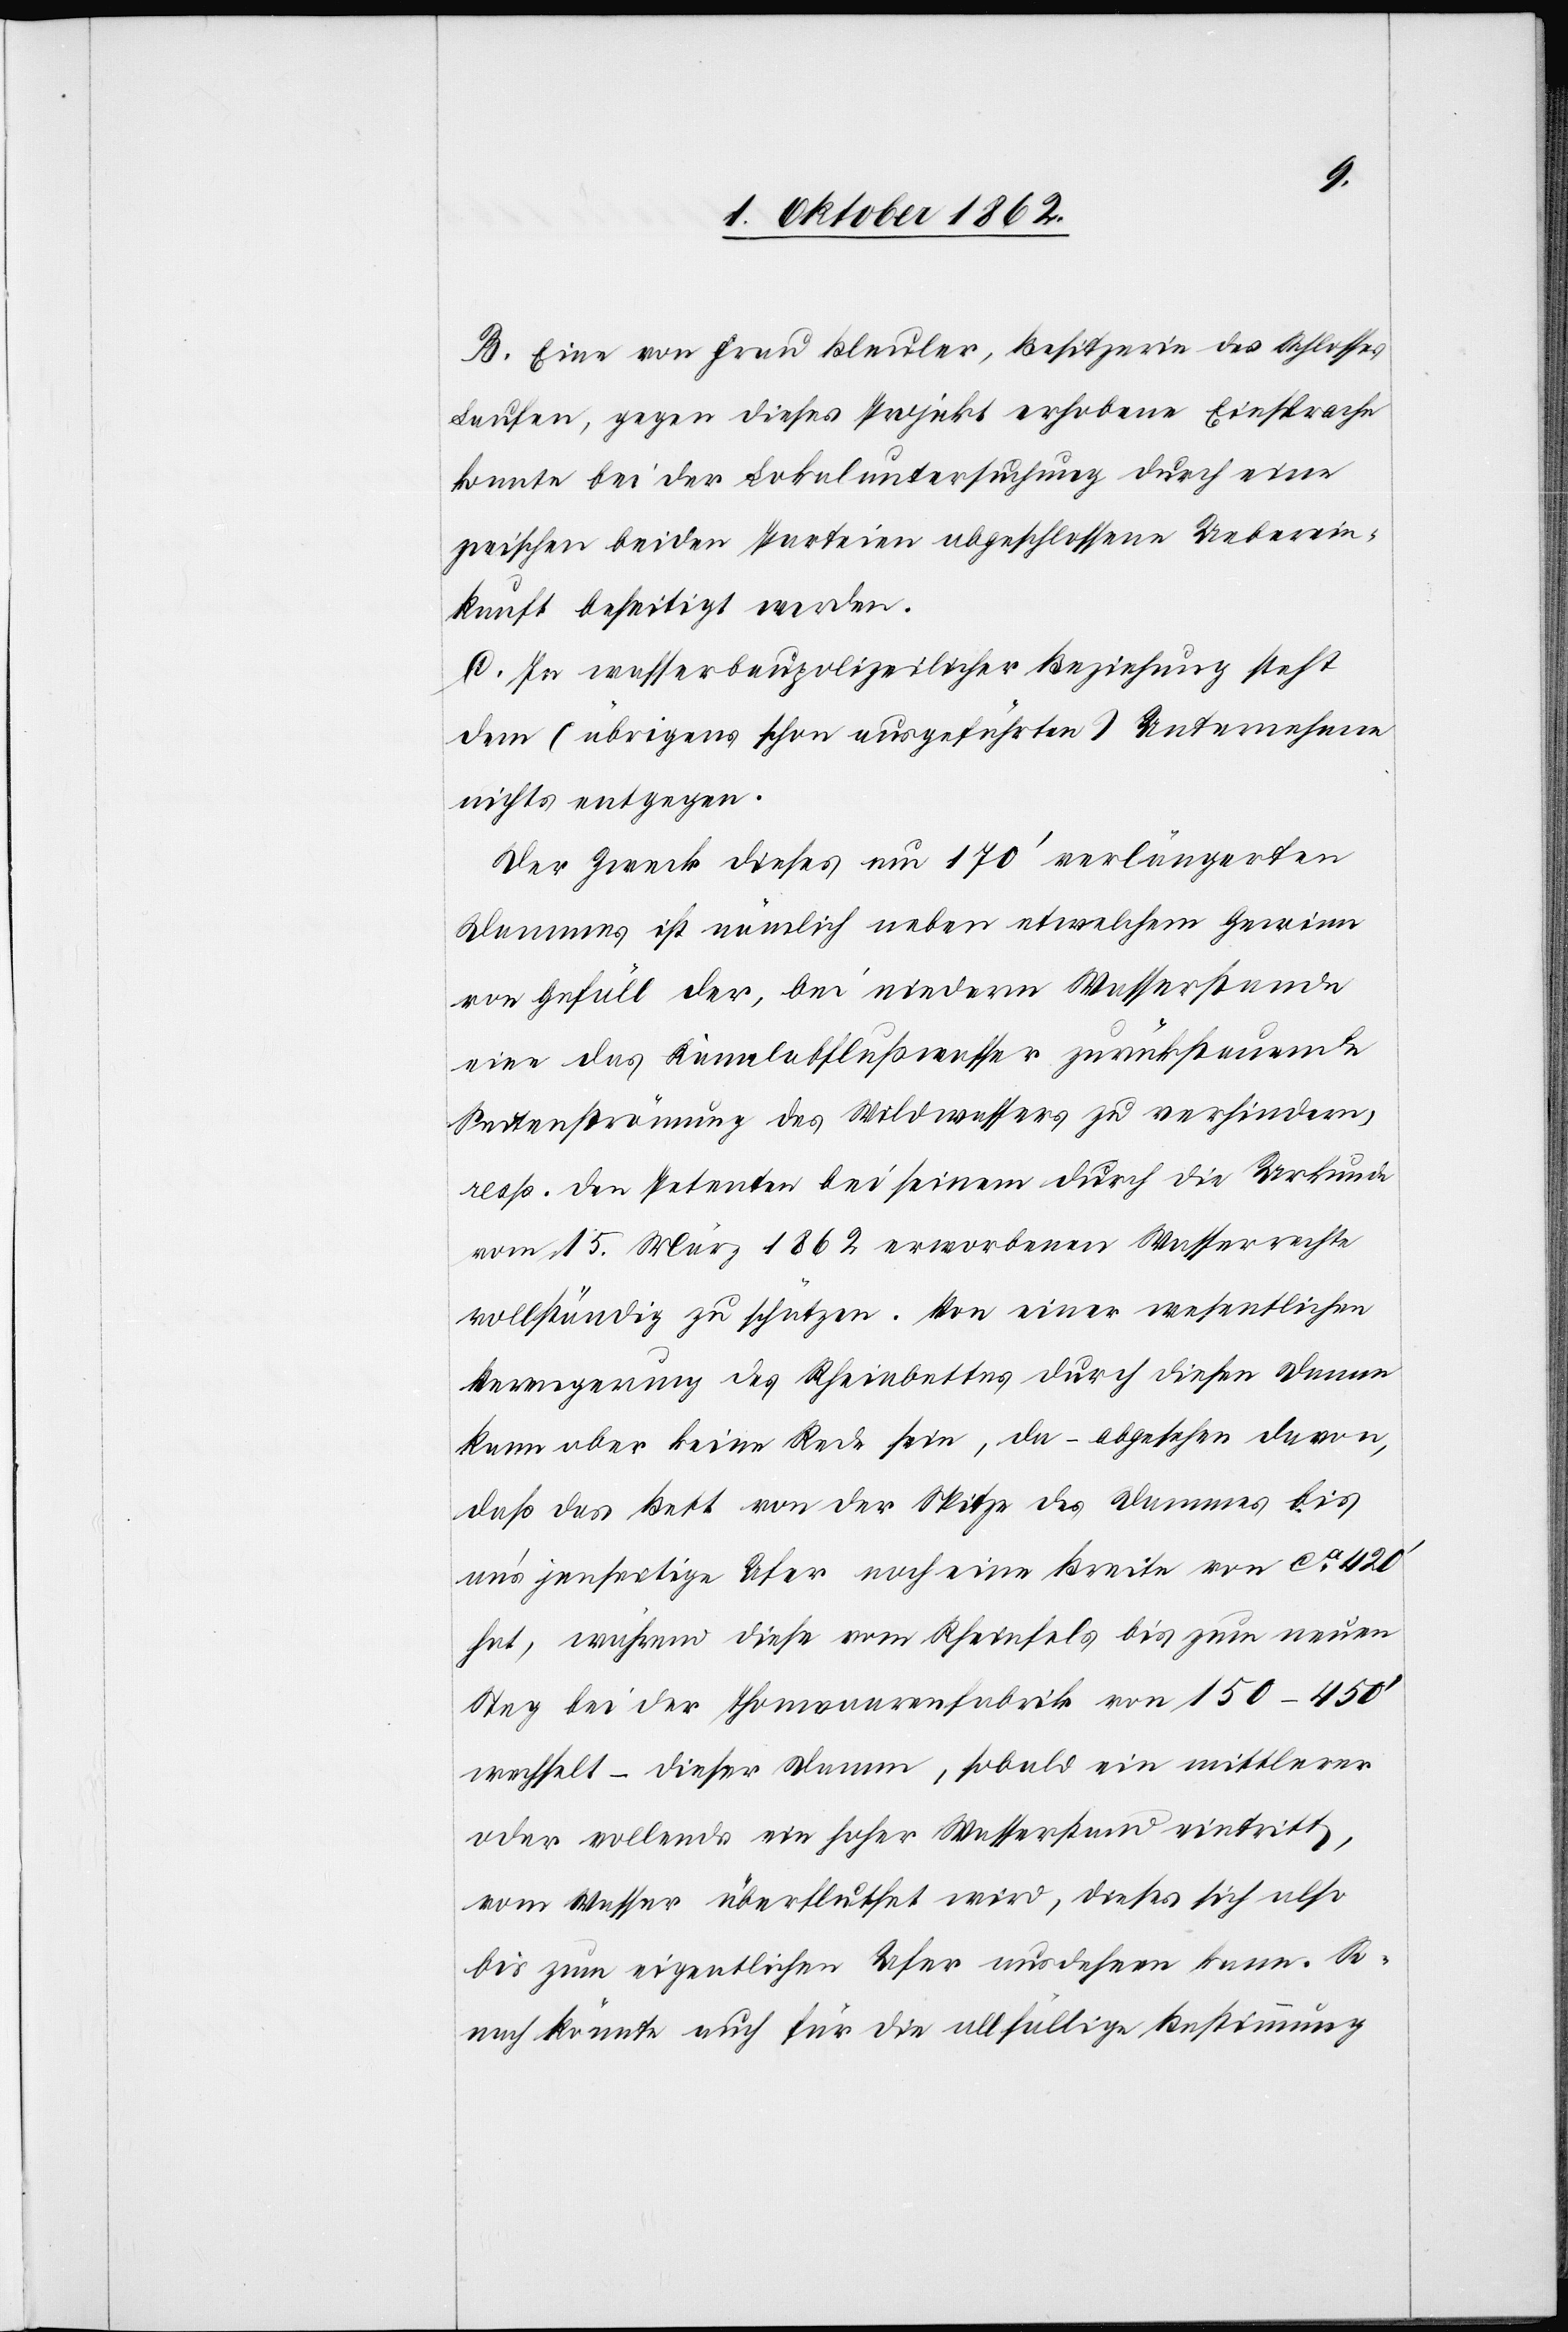
B. Eine von Frau Bleuler, Besitzerin des Schlosses
Laufen, gegen dieses Projekt erhobene Einsprache
konnte bei der Lokaluntersuchung durch eine
zwischen beiden Parteien abgeschlossene Ueberein¬
kunft beseitigt werden.
C. In wasserbaupolizeilicher Beziehung steht
dem (übrigens schon ausgeführten) Unternehmen
nichts entgegen.
Der Zweck dieses um 170’ verlängerten
Dammes ist nämlich neben etwelchem Gewinn
von Gefäll der, bei niederm Wasserstande
eine das Kanalabflußwasser zurücksteuernde
Seitenströmung des Wildwassers zu verhindern,
resp. den Petenten bei seinem durch die Urkunde
vom 15. März 1862 erworbenen Wasserrechte
vollständig zu schützen. Von einer wesentlichen
Bewegung des Rheinbettes durch diesen Damm
kann aber keine Rede sein, da – abgesehen davon,
daß das Bett von der Spitze des Dammes bis
an’s jenseitige Ufer noch eine Breite von ca 420’
hat, während diese vom Rheinfels bis zum neuen
Steg bei der Thonwaarenfabrik von 150–450’
wechselt – dieser Damm, sobald ein mittlerer
oder vollends ein hoher Wasserstand eintritt,
vom Wasser überfluthet wird, dieses sich also
bis zum eigentlichen Ufer ausdehnen kann. So¬
nach könnte auch für die allfällige Bestimmung